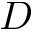
D